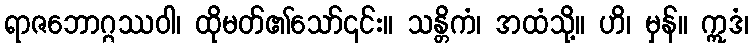
ရာဇဘောဂ္ဂဿဝါ၊ ထိုမတ်၏သော်၎င်း။ သန္တိကံ၊ အထံသို့။ ဟိ၊ မှန်။ ဣဒံ၊